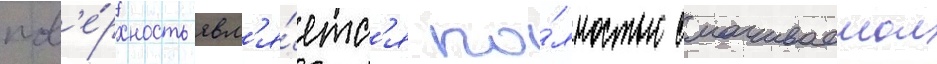
пов'е́рхность явл'я́етс'я по́лностью смачиваемои